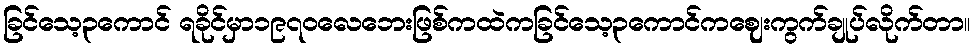
ခြင်သေ့၃ကောင် ရခိုင်မှာ၁၉၇၀လေဘေးဖြစ်ကထဲကခြင်သေ့၃ကောင်ကဈေးကွက်ချုပ်လိုက်တာ။